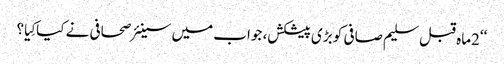
‘‘2ماہ قبل سلیم صافی کو بڑی پیشکش، جواب میں سینئر صحافی نے کیاکِیا؟